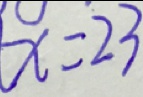
x = 2 3